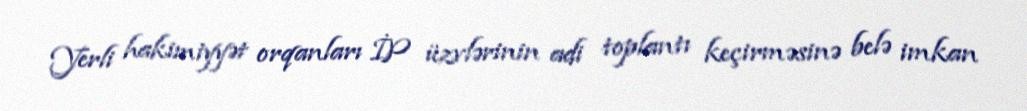
Yerli hakimiyyət orqanları İP üzvlərinin adi toplantı keçirməsinə belə imkan